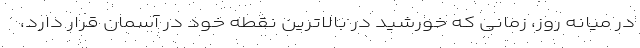
در میانه روز، زمانی که خورشید در بالاترین نقطه خود در آسمان قرار دارد،